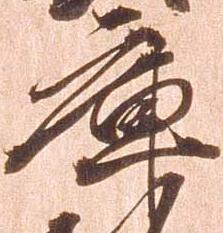
庫